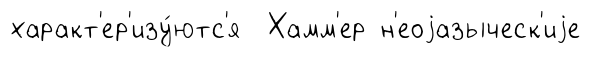
характ'ер'изу́ютс'я Хамм'ер н'еоjазыческ'иjе